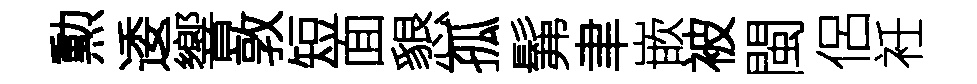
勲逶響敦短面懇孤髴聿嵌被閩侶衽